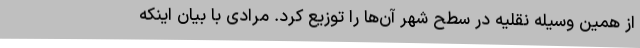
از همین وسیله نقلیه در سطح شهر آن‌ها را توزیع کرد. مرادی با بیان اینکه